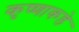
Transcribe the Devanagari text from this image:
कृष्णाकडे